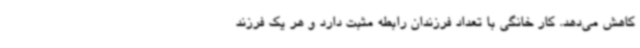
کاهش می‌دهد. کار خانگی با تعداد فرزندان رابطه مثبت دارد و هر یک فرزند